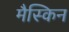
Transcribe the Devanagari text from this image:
मैस्किन